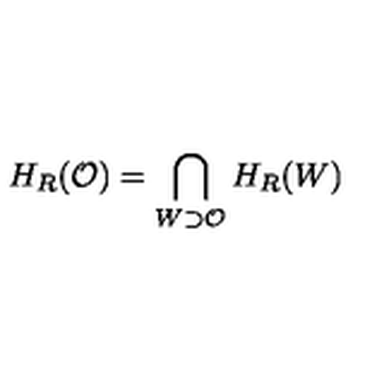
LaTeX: H _ { R } ( \mathcal { O } ) = \bigcap _ { W \supset \mathcal { O } } H _ { R } ( W )